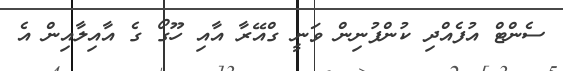
ސެންޓް އުފެއްދި ކުންފުނިން ވަނީ ގްއޭރާ އާއި ހޫގޯ ގެ އާއިލާއިން އެ